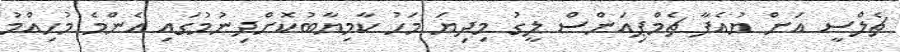
ޗެލްސީ އަށް ޔުއެފާ ޗެމްޕިއަންސް ލީގު މިދިޔަ މަހު ކާމިޔާބުކޮށްދިނުމުގައި އެންމެ މުހިއްމު